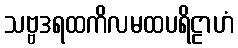
သဗ္ဗဒရထကိလမထပရိဠာဟံ